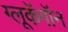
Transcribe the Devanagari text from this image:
ग्लूकॅगॉन